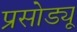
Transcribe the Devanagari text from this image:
प्रसोड्यू